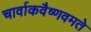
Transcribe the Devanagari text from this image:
चार्वाकवैष्णवमते